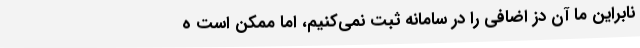
نابراین ما آن دُز اضافی را در سامانه ثبت نمی‌کنیم، اما ممکن است ه